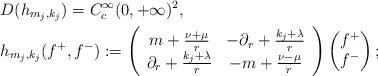
LaTeX: \begin{align*}& {D}( h_{m_j,k_j})= C^\infty_c(0,+\infty)^2,\\& h_{m_j,k_j}( f^+, f^-):=\left(\begin{array}{cc}m+\frac{\nu+\mu}{r} & -\partial_r+\frac{k_j+\lambda}{r}\\\partial_r+\frac{k_j+\lambda}{r} & -m+\frac{\nu-\mu}{r}\end{array}\right)\begin{pmatrix} f^+ \\ f^-\end{pmatrix};\end{align*}